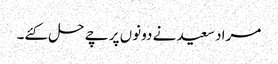
مراد سعید نے دونوں پرچے حل کئے۔